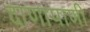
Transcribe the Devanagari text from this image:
दाणापाणी